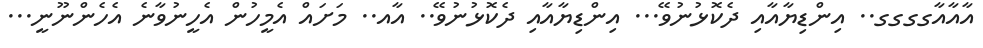
އާއާއާގގގގ.. އިންޑިޔާއާއި ދެކޮޅުނުވޭ... އިންޑިޔާއާއި ދެކޮޅުނުވޭ.. އާއ.. މަށައް އެމީހުން އެހީނުވާނެ އެހެންނޫނީ...